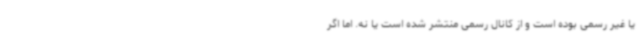
یا غیر رسمی بوده است و از کانال رسمی منتشر شده است یا نه. اما اگر